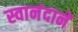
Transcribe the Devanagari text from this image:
स्वानंदानें